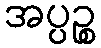
အပ္ပဉ္စ